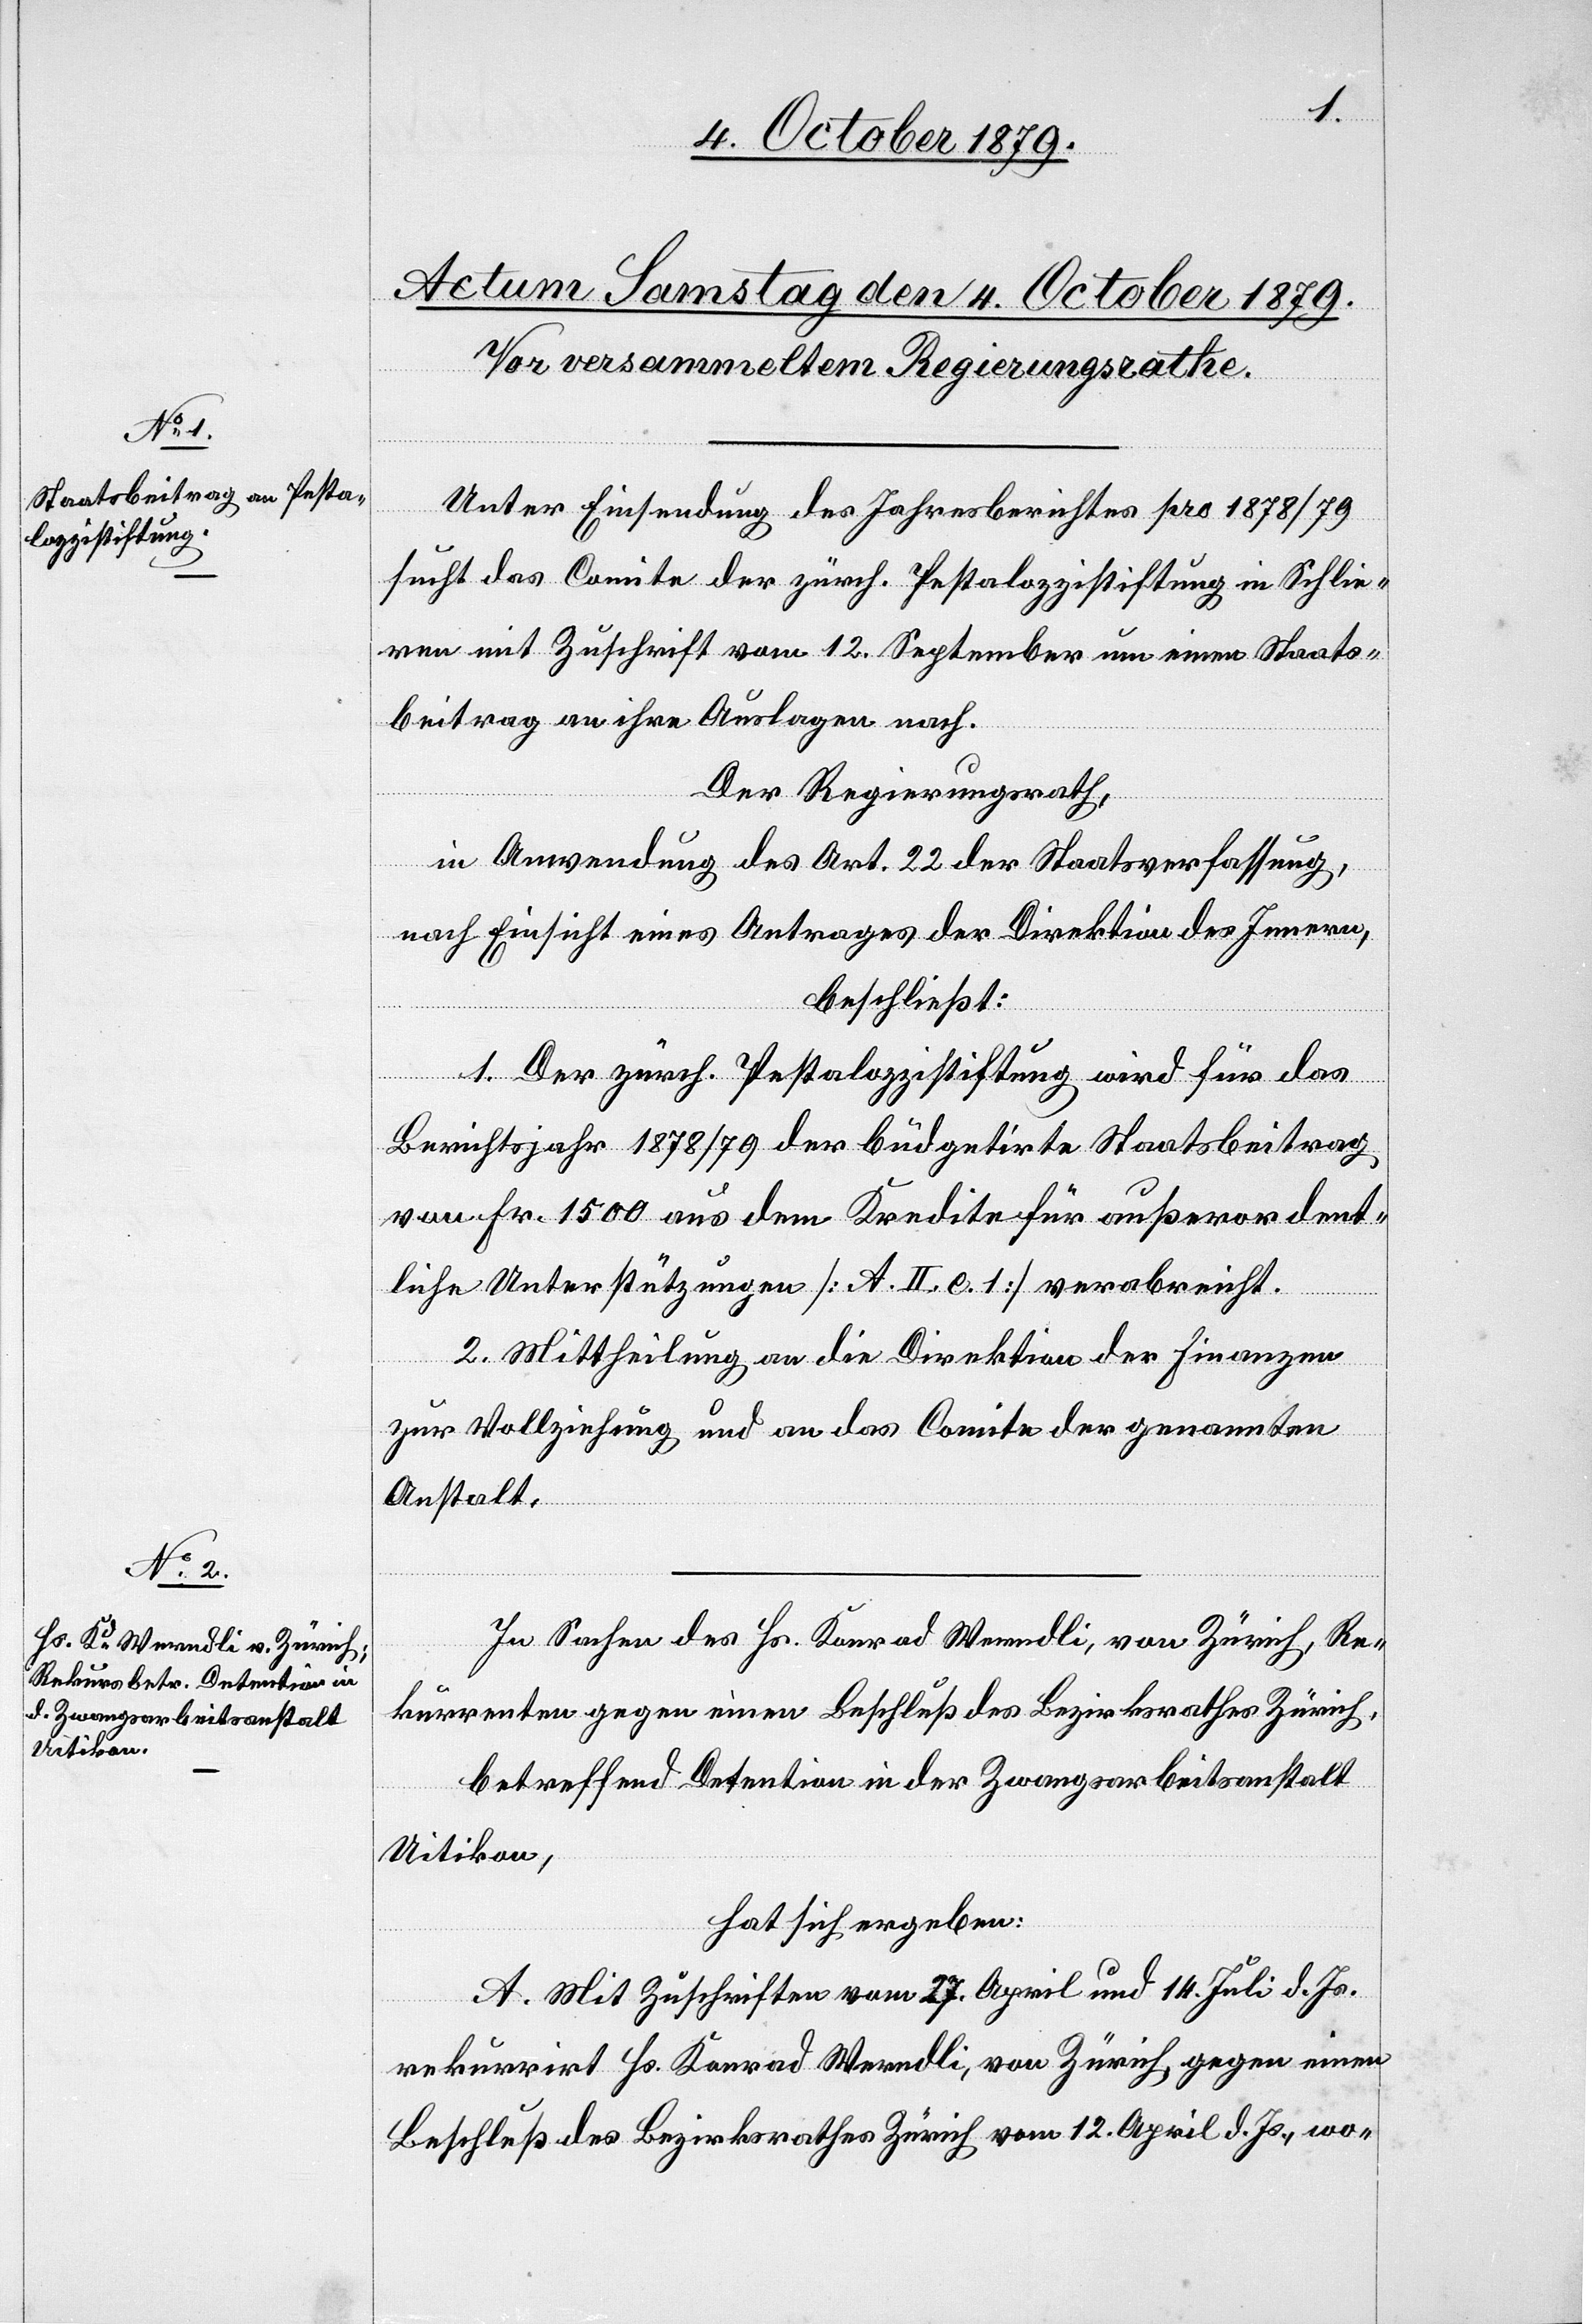
Unter Einsendung des Jahresberichtes pro 1878/79
sucht das Comite der zürch. Pestalozzistiftung in Schlie¬
ren mit Zuschrift vom 12. September um einen Staats¬
beitrag an ihre Auslagen nach.
Der Regierungsrath,
in Anwendung des Art. 22 der Staatsverfassung,
nach Einsicht eines Antrages der Direktion des Innern,
beschließt:
1. Der zürch. Pestalozzistiftung wird für das
Berichtsjahr 1878/79 der budgetirte Staatsbeitrag
von Fr. 1500 aus dem Kredite für außerordent¬
liche Unterstützungen [A. II. e. 1] verabreicht.
2. Mittheilung an die Direktion der Finanzen
zur Vollziehung und an das Comite der genannten
Anstalt.
In Sachen des Hs. Konrad Werndli, von Zürich, Re¬
kurrenten gegen einen Beschluß des Bezirksrathes Zürich,
betreffend Detention in der Zwangsarbeitsanstalt
Uitikon,
hat sich ergeben:
A. Mit Zuschriften vom 7. April und 14. Juli d. Js.
rekurrirt Hs. Konrad Werndli, von Zürich, gegen einen
Beschluß des Bezirksrathes Zürich vom 12 April d. Js., wo-